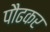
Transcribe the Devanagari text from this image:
पौढकर